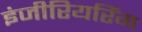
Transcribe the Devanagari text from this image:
इंजीरियरिंग